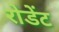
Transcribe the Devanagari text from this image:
रोडेंट